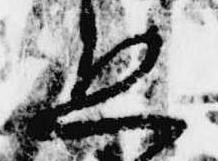
ゑ